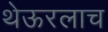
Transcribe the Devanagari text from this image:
थेऊरलाच